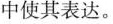
中使其表达。